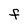
Character: f